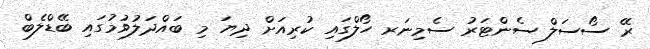
ރޭ ސޯސަލް ސެންޓަރު ސެމިނަރ ހޯލްގައި ކުރިއަށް ދިޔަ މި ބައްދަލުވުމުގައި ބޭޑްލެބް